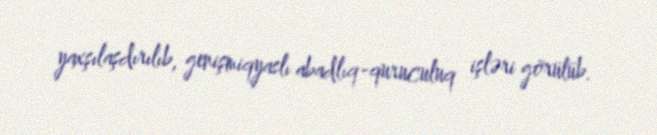
yaxşılaşdırılıb, genişmiqyaslı abadlıq-quruculuq işləri görülüb.